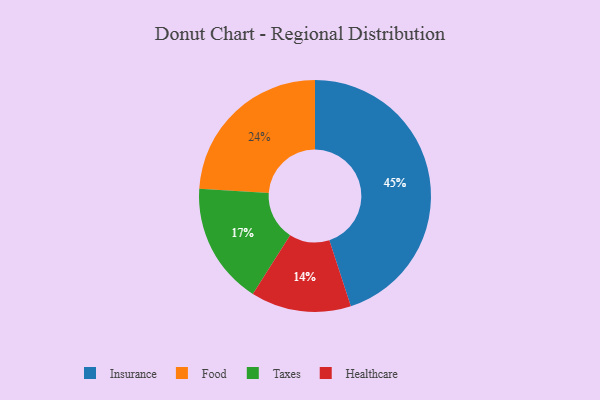
{"axis": {"x": "Category", "y": "Percentage"}, "legend": ["Food", "Healthcare", "Insurance", "Taxes"], "data": [{"x": "Taxes", "y": 17, "type": "Taxes"}, {"x": "Insurance", "y": 45, "type": "Insurance"}, {"x": "Food", "y": 24, "type": "Food"}, {"x": "Healthcare", "y": 14, "type": "Healthcare"}]}